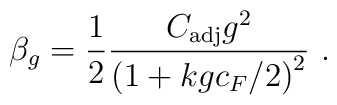
\beta_g = \frac{1}{2}  	\frac{C_{\rm adj} g^2}{ {\left( 1 + kgc_F/2 \right)}^2 } \ .